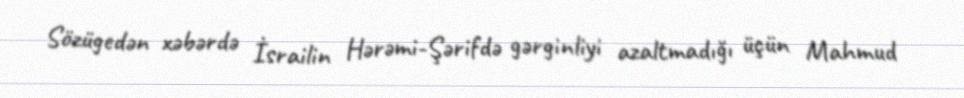
Sözügedən xəbərdə İsrailin Hərəmi-Şərifdə gərginliyi azaltmadığı üçün Mahmud